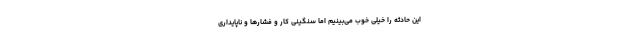
این حادثه را خیلی خوب می‌بینیم اما سنگینی کار و فشارها و ناپایداری